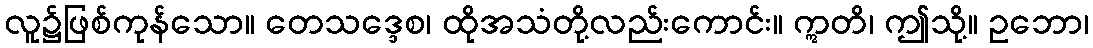
လူ၌ဖြစ်ကုန်သော။ တေသဒ္ဒေစ၊ ထိုအသံတို့လည်းကောင်း။ ဣတိ၊ ဤသို့။ ဥဘော၊